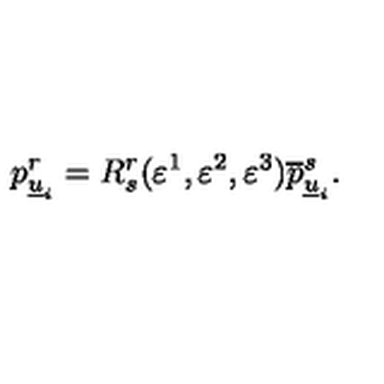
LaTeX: p _ { \underline { { u } } _ { i } } ^ { r } = R _ { s } ^ { r } ( \varepsilon ^ { 1 } , \varepsilon ^ { 2 } , \varepsilon ^ { 3 } ) \overline { { p } } _ { \underline { { u } } _ { i } } ^ { s } .